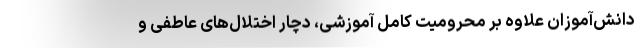
دانش‌آموزان علاوه بر محرومیت کامل آموزشی، دچار اختلال‌های عاطفی و